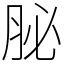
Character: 䏟